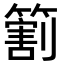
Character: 𬕲